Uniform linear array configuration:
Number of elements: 32
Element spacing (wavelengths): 0.75
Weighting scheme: hann
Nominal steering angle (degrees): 45
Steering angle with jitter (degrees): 45.861
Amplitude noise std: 0.05
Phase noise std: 0.05

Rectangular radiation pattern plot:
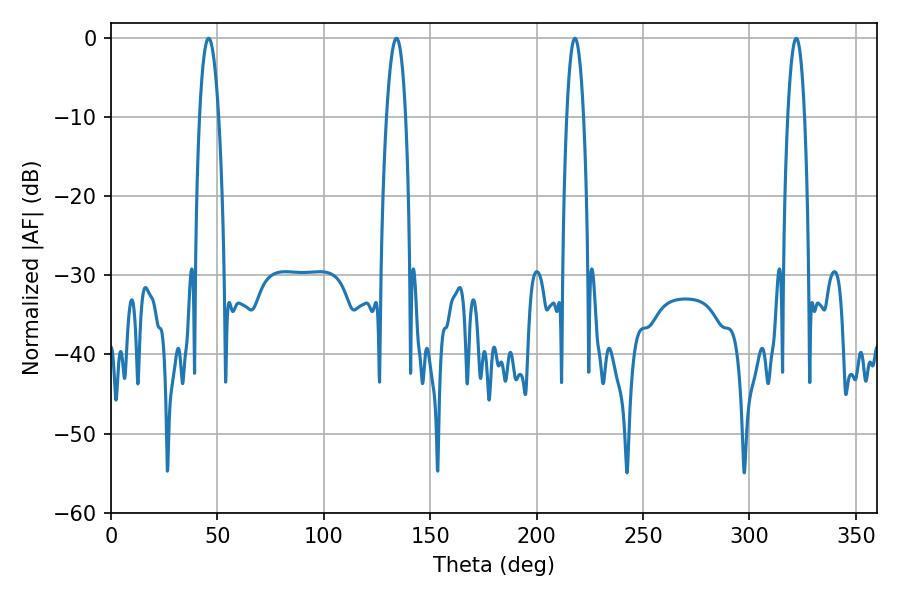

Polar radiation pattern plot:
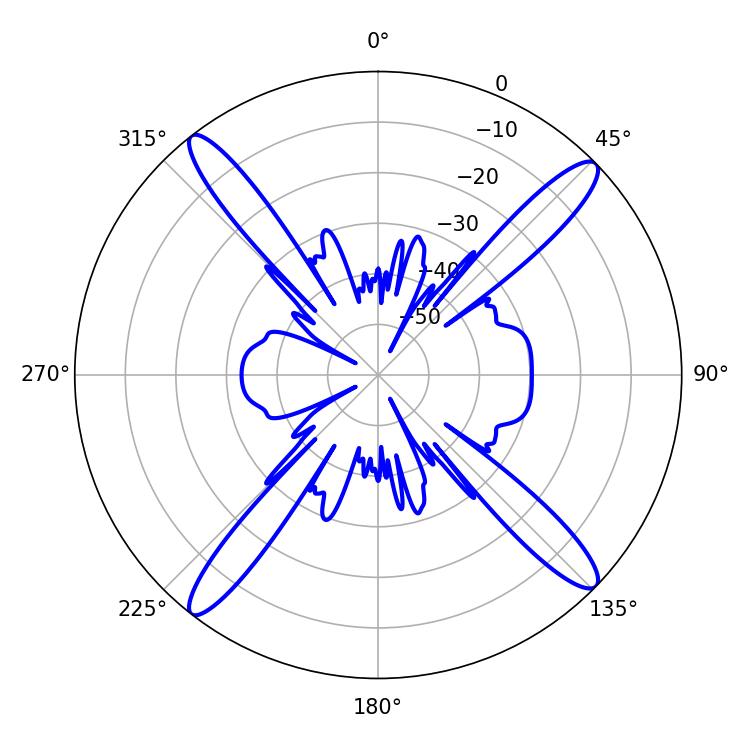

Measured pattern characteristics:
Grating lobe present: TRUE
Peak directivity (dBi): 17.775
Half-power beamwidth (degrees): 4.32
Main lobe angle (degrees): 217.98